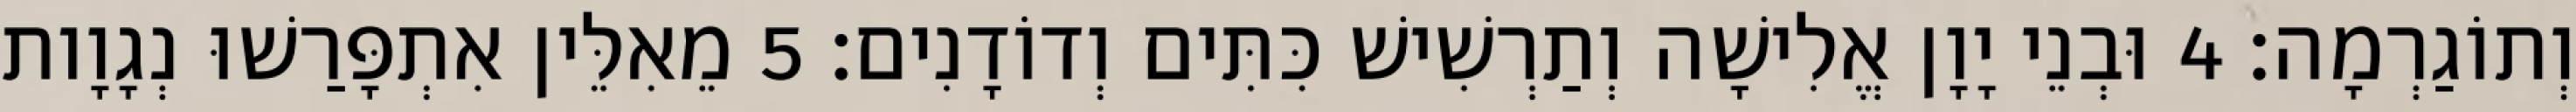
וְתוֹגַרְמָה׃ 4 וּבְנֵי יָוָן אֱלִישָׁה וְתַרְשִׁישׁ כִּתִּים וְדוֹדָנִים׃ 5 מֵאִלֵּין אִתְפָּרַשׁוּ נְגָוָות